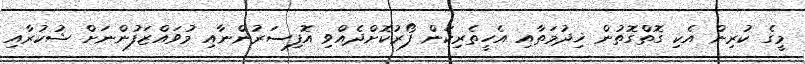
މީގެ ކުރިން އެކި ގޮތްގޮތުން ޚިދުމަތާއި އެހީތެރިކަން ފޯރުކޮށްދެއްވި އޮފިސަރުންނާއި މުވައްޒަފުންނަށް ޝުކުރާއި